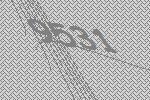
9531